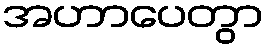
အဟာပေတွာ